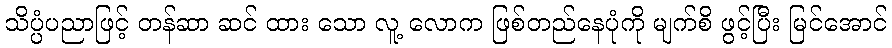
သိပ္ပံပညာဖြင့် တန်ဆာ ဆင် ထား သော လူ့ လောက ဖြစ်တည်နေပုံကို မျက်စိ ဖွင့်ပြီး မြင်အောင်